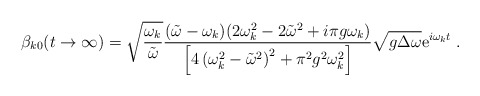
\begin{align*}\beta_{k0}(t\to\infty)=\sqrt{\frac{\omega_k}{\tilde{\omega}}}\frac{(\tilde{\omega}-\omega_k)(2\omega_k^2-2\tilde{\omega}^2+i\pi g\omega_k)}{\left[4\left(\omega_k^2-\tilde{\omega}^2\right)^2+\pi^2g^2\omega_k^2\right]}\sqrt{g\Delta \omega}{\rm e}^{i\omega_k t}\;.\end{align*}